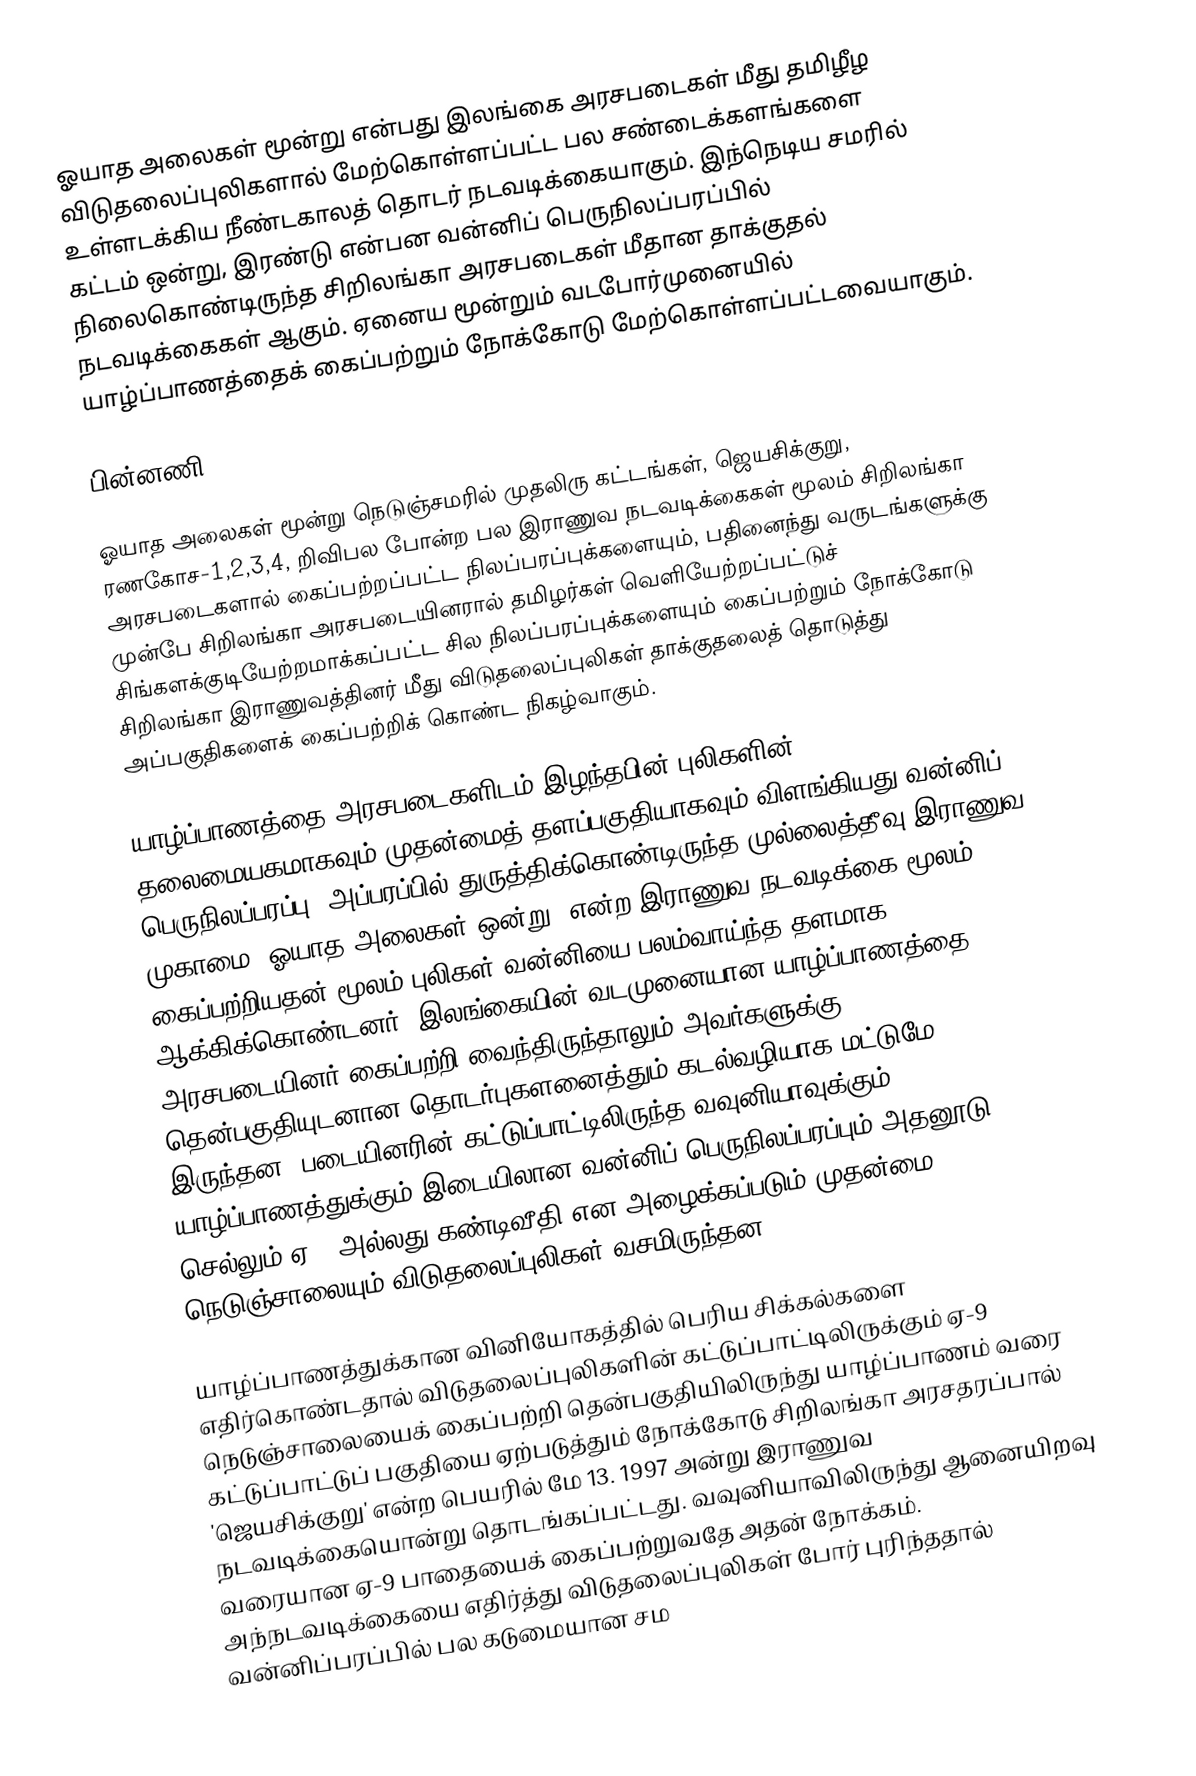
ஓயாத அலைகள் மூன்று என்பது இலங்கை அரசபடைகள் மீது தமிழீழ விடுதலைப்புலிகளால் மேற்கொள்ளப்பட்ட பல சண்டைக்களங்களை உள்ளடக்கிய நீண்டகாலத் தொடர் நடவடிக்கையாகும். இந்நெடிய சமரில் கட்டம் ஒன்று, இரண்டு என்பன வன்னிப் பெருநிலப்பரப்பில் நிலைகொண்டிருந்த சிறிலங்கா அரசபடைகள் மீதான தாக்குதல் நடவடிக்கைகள் ஆகும். ஏனைய மூன்றும் வடபோர்முனையில் யாழ்ப்பாணத்தைக் கைப்பற்றும் நோக்கோடு மேற்கொள்ளப்பட்டவையாகும்.

பின்னணி

ஓயாத அலைகள் மூன்று நெடுஞ்சமரில் முதலிரு கட்டங்கள், ஜெயசிக்குறு, ரணகோச-1,2,3,4, றிவிபல போன்ற பல இராணுவ நடவடிக்கைகள் மூலம் சிறிலங்கா அரசபடைகளால் கைப்பற்றப்பட்ட நிலப்பரப்புக்களையும், பதினைந்து வருடங்களுக்கு முன்பே சிறிலங்கா அரசபடையினரால் தமிழர்கள் வெளியேற்றப்பட்டுச் சிங்களக்குடியேற்றமாக்கப்பட்ட சில நிலப்பரப்புக்களையும் கைப்பற்றும் நோக்கோடு சிறிலங்கா இராணுவத்தினர் மீது விடுதலைப்புலிகள் தாக்குதலைத் தொடுத்து அப்பகுதிகளைக் கைப்பற்றிக் கொண்ட நிகழ்வாகும்.

யாழ்ப்பாணத்தை அரசபடைகளிடம் இழந்தபின் புலிகளின் தலைமையகமாகவும் முதன்மைத் தளப்பகுதியாகவும் விளங்கியது வன்னிப் பெருநிலப்பரப்பு. அப்பரப்பில் துருத்திக்கொண்டிருந்த முல்லைத்தீவு இராணுவ முகாமை 'ஓயாத அலைகள் ஒன்று' என்ற இராணுவ நடவடிக்கை மூலம் கைப்பற்றியதன் மூலம் புலிகள் வன்னியை பலம்வாய்ந்த தளமாக ஆக்கிக்கொண்டனர். இலங்கையின் வடமுனையான யாழ்ப்பாணத்தை அரசபடையினர் கைப்பற்றி வைந்திருந்தாலும் அவர்களுக்கு தென்பகுதியுடனான தொடர்புகளனைத்தும் கடல்வழியாக மட்டுமே இருந்தன. படையினரின் கட்டுப்பாட்டிலிருந்த வவுனியாவுக்கும் யாழ்ப்பாணத்துக்கும் இடையிலான வன்னிப் பெருநிலப்பரப்பும் அதனூடு செல்லும் ஏ-9 அல்லது கண்டிவீதி என அழைக்கப்படும் முதன்மை நெடுஞ்சாலையும் விடுதலைப்புலிகள் வசமிருந்தன.

யாழ்ப்பாணத்துக்கான வினியோகத்தில் பெரிய சிக்கல்களை எதிர்கொண்டதால் விடுதலைப்புலிகளின் கட்டுப்பாட்டிலிருக்கும் ஏ-9 நெடுஞ்சாலையைக் கைப்பற்றி தென்பகுதியிலிருந்து யாழ்ப்பாணம் வரை கட்டுப்பாட்டுப் பகுதியை ஏற்படுத்தும் நோக்கோடு சிறிலங்கா அரசதரப்பால் 'ஜெயசிக்குறு' என்ற பெயரில் மே 13. 1997 அன்று இராணுவ நடவடிக்கையொன்று தொடங்கப்பட்டது. வவுனியாவிலிருந்து ஆனையிறவு வரையான  ஏ-9 பாதையைக் கைப்பற்றுவதே அதன் நோக்கம். அந்நடவடிக்கையை எதிர்த்து விடுதலைப்புலிகள் போர் புரிந்ததால் வன்னிப்பரப்பில் பல கடுமையான சம